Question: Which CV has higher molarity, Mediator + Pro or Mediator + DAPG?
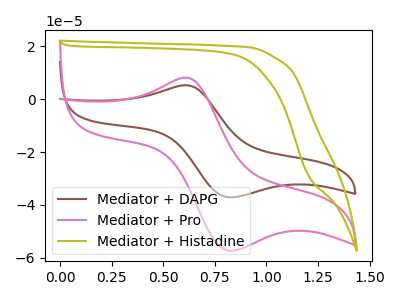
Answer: <think>The brown curve "Mediator + DAPG" has an anodic peak at (0.60V, 5.30uA) and a cathodic peak at (0.80V, -37.10uA). The pink curve "Mediator + Pro" has an anodic peak at (0.60V, 8.15uA) and a cathodic peak at (0.80V, -57.25uA). The olive curve "Mediator + Histadine" has no peaks.
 All the peaks in "Mediator + Pro" have a peak in "Mediator + DAPG" at the same potential. Every peak in "Mediator + Pro" is higher than every peak in "Mediator + DAPG".</think>
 <answer>"Mediator + Pro" has more signal than "Mediator + DAPG" and so likely has a higher concentration.</answer>
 <eval>more_concentration</eval>